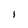
Character: i